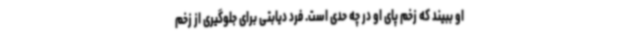
او ببیند که زخم پای او در چه حدی است. فرد دیابتی برای جلوگیری از زخم